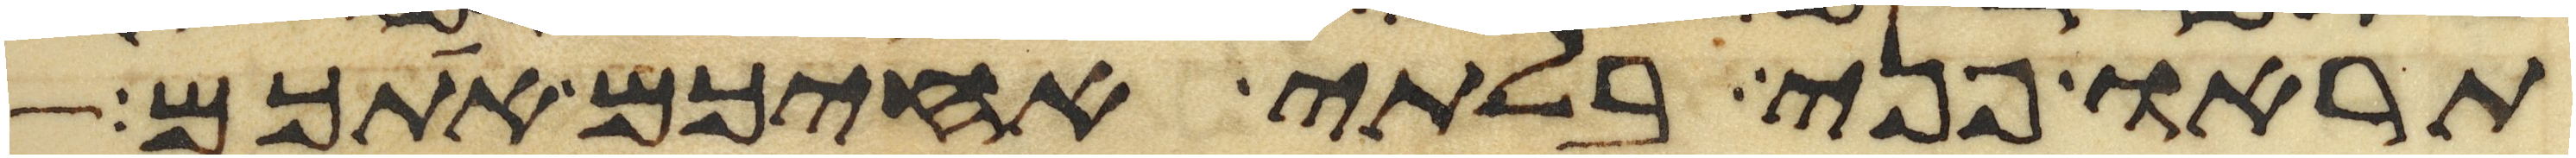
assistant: תראו פני בלתי אחיכם אתכם